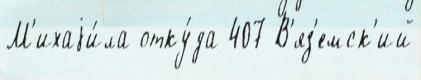
М'ихаjи́ла отку́да 407 В'яз'емск'ий